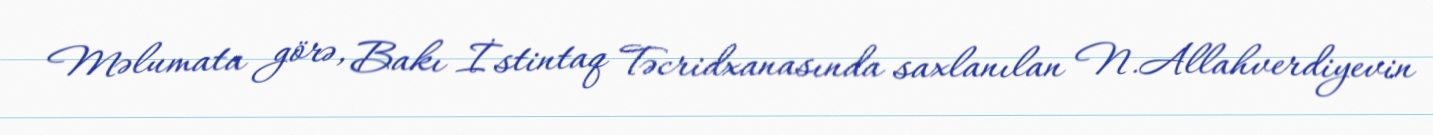
Məlumata görə, Bakı İstintaq Təcridxanasında saxlanılan N.Allahverdiyevin